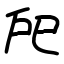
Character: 戺